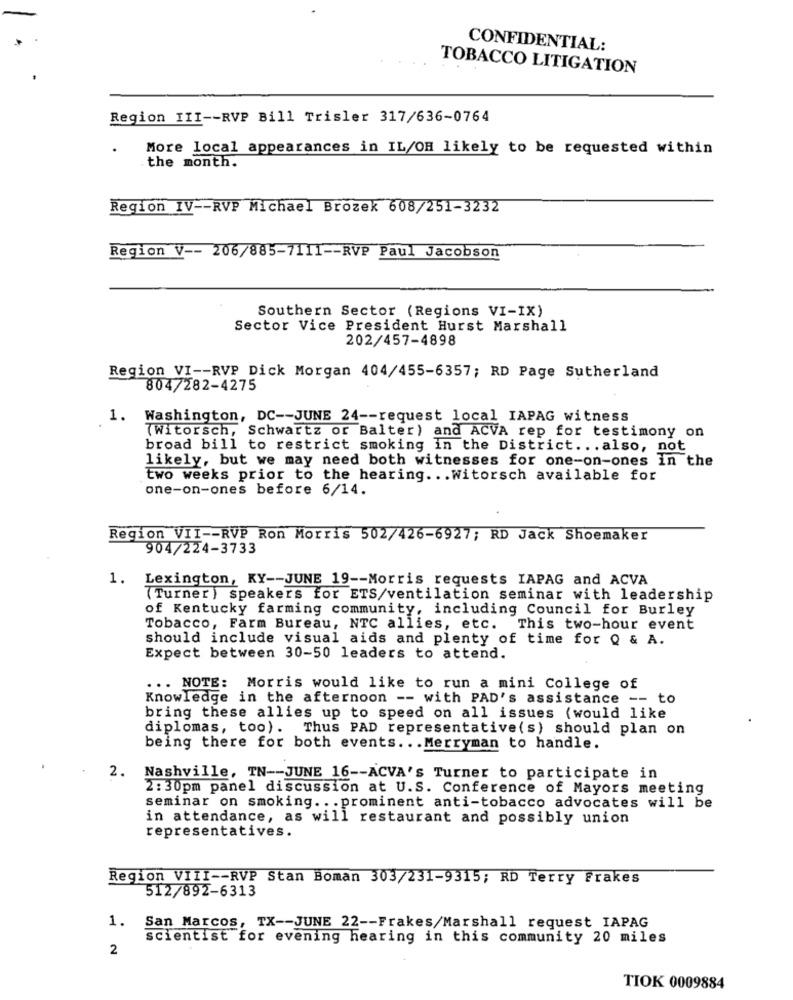
CONFIDENTIAL:
TOBACCO LITIGATION
Region III -- RVP Bill Trisler 317/636-0764
More local appearances in IL/OH likely to be requested within
the month.
Region IV -- RVP Michael Brozek 608/251-3232
Region V -- 206/885-7111 -- RVP Paul Jacobson
Southern Sector (Regions VI-IX)
Sector Vice President Hurst Marshall
202/457-4898
Region VI -- RVP Dick Morgan 404/455-6357; RD Page Sutherland
804/282-4275
1. Washington, DC -- JUNE 24 -- request local IAPAG witness
(Witorsch, Schwartz or Balter) and ACVA rep for testimony on
broad bill to restrict smoking in the District ... also, not
likely, but we may need both witnesses for one-on-ones in the
two weeks prior to the hearing ... Witorsch available for
one-on-ones before 6/14.
Region VII -- RVP Ron Morris 502/426-6927; RD Jack Shoemaker
904/224-3733
1. Lexington, KY -- JUNE 19 -- Morris requests IAPAG and ACVA
(Turner) speakers for ETS/ventilation seminar with leadership
of Kentucky farming community, including Council for Burley
Tobacco, Farm Bureau, NTC allies, etc. This two-hour event
should include visual aids and plenty of time for Q & A.
Expect between 30-50 leaders to attend.
... NOTE: Morris would like to run a mini College of
Knowledge in the afternoon -- with PAD's assistance -- to
bring these allies up to speed on all issues (would like
diplomas, too). Thus PAD representative(s) should plan on
being there for both events ... Merryman to handle.
2.
Nashville, TN -- JUNE 16 -- ACVA's Turner to participate in
2:30pm panel discussion at U.S. Conference of Mayors meeting
seminar on smoking ... prominent anti-tobacco advocates will be
in attendance, as will restaurant and possibly union
representatives.
Region VIII -- RVP Stan Boman 303/231-9315; RD Terry Frakes
512/892-6313
1.
San Marcos, TX -- JUNE 22 -- Frakes/Marshall request IAPAG
scientist for evening hearing in this community 20 miles
2
TIOK 0009884